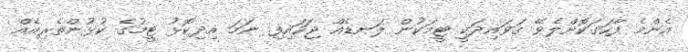
އެންމެ ފާހަގަކޮށްލެވޭ ގަވައިދަކީ ޓީމަކުން ލަނޑެއް ޖަހައިފި ނަމަ އިދިކޮޅު ޓީމުގެ ކުޅުންތެރިއެއް